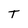
Character: T